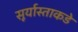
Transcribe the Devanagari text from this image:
सूर्यास्ताकडे